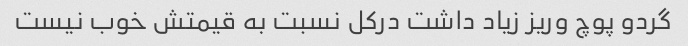
گردو پوچ وریز زیاد داشت درکل نسبت به قیمتش خوب نیست